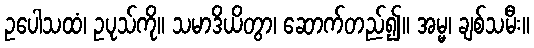
ဥပေါသထံ၊ ဥပုသ်ကို။ သမာဒိယိတွာ၊ ဆောက်တည်၍။ အမ္မ၊ ချစ်သမီး။